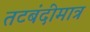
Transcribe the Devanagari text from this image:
तटबंदीमात्र